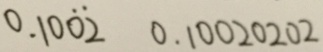
0 . 1 0 \dot { 0 } \dot { 2 } 0 . 1 0 0 2 0 2 0 2